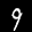
Label: 9